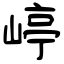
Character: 嵉